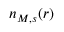
n _ { M , s } ( r )